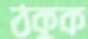
ঠকুক